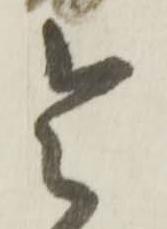
令